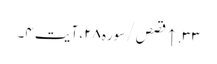
۳۳. ↑ قصص/سوره۲۸، آیت ۴۔